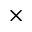
\times